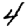
Digit: 4